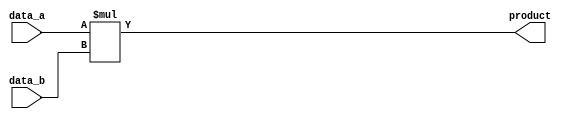
module Mul ( data_a, data_b, product);

  input  [3:0] data_a ,  data_b;
  output reg [7:0] product;

  always @(*)
  
   product = data_a * data_b;

endmodule

module Mul_testbench ();

  reg [3:0] data_a ,  data_b;
  wire [7:0] product;
  integer i;

initial 
begin

    for (i = 0; i < 100; i = i + 1) 
    begin
            data_a = $random;   #100;
            data_b = $random;   #100;
    end
end
    initial 
    begin
    $display ("\t \t  Time   data_a    data_b    product");
    $monitor ("%d %b %b %b", $time , data_a , data_b , product);
    end

   Mul A ( data_a, data_b, product);
endmodule